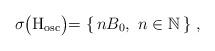
LaTeX: \begin{align*} \sigma\bigr({\rm H}_\mathrm{osc}\bigl) = \left\{\, nB_0, \ n\in\mathbb{N} \,\right\} \,,\end{align*}